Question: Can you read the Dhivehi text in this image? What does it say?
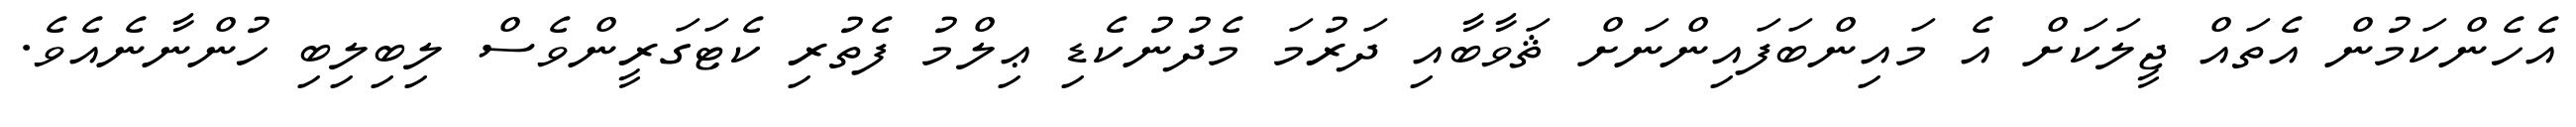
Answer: އެހެންކަމުން އެތައް ޖީލަކަށް އެ މައިންބަފައިންނަށް ޘަވާބާއި ދަރުމަ މެދުނުކެޑި ޢިލްމު ފެތުރި ކެޓަގަރީންވެސް ލިބިލިބި ހުންނާނެއެވެ.